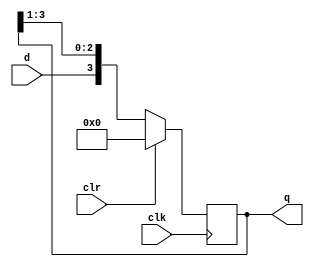
`timescale 1ns / 1ps
//////////////////////////////////////////////////////////////////////////////////
// Company: 
// Engineer: 
// 
// Design Name: 
// Module Name: sipo_reg
// Project Name: 
// Target Devices: 
// Tool Versions: 
// Description: 
// 
// Dependencies: 
// 
// Revision:
// Revision 0.01 - File Created
// Additional Comments:
// 
//////////////////////////////////////////////////////////////////////////////////


module sipo_reg(
            input d,clk,clr,
            output reg [3:0]q);
        reg [3:0]temp;
    always @(posedge clk)// begin
        if (clr==1)//begin
        q=4'b0000;
//        end
        else 
        begin
      /*  temp[0]=temp[1];
        temp[1]=temp[2];
        temp[2]=temp[3];
        temp[3]=d; */
        temp=q>>1;
        q={d,temp[2:0]};
        end 
//        assign q=temp;
        endmodule